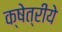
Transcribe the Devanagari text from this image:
क्षेत्रीये